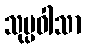
သုပ္ပဝါသာ